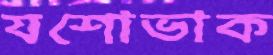
যশোভাক